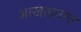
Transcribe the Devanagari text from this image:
आखतानाच